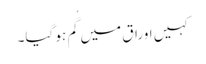
کہیں اوراق میں گُم ہو گیا۔